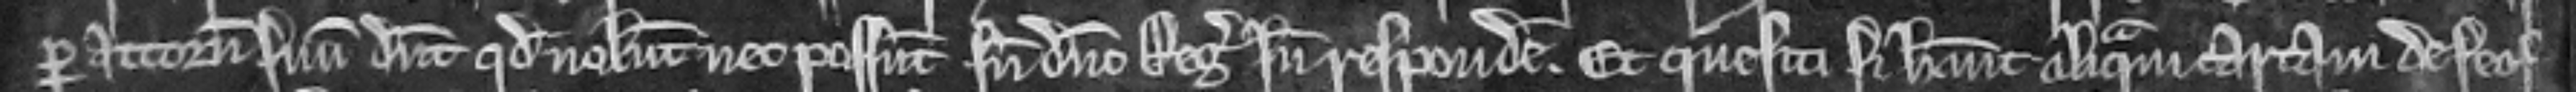
per attornatum suum dicunt quod nolunt nec possunt sine domino Rege inde respondere. Et quesiti si habeant aliquam cartam de feof